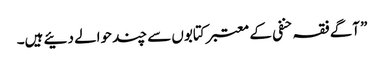
” آگے فقہ حنفی کے معتبر کتابوں سے چند حوالے دئیے ہیں۔